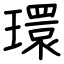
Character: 環